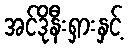
အင်ဒိုနီးရှားနှင့်